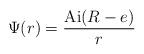
LaTeX: \begin{align*}\Psi (r) = {{{\rm Ai}(R-e)} \over r}\end{align*}